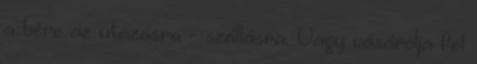
a bére az utazásra - szállásra. Vagy vásárolja fel